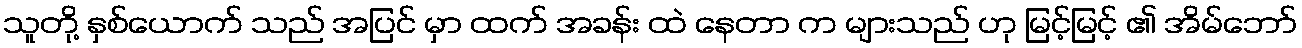
သူတို့ နှစ်ယောက် သည် အပြင် မှာ ထက် အခန်း ထဲ နေတာ က များသည် ဟု မြင့်မြင့် ၏ အိမ်ဘော်